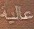
عالية